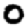
Digit: 0